Leaving Certificate Examination (including Day School Certificate (Higher) General paper), 1939
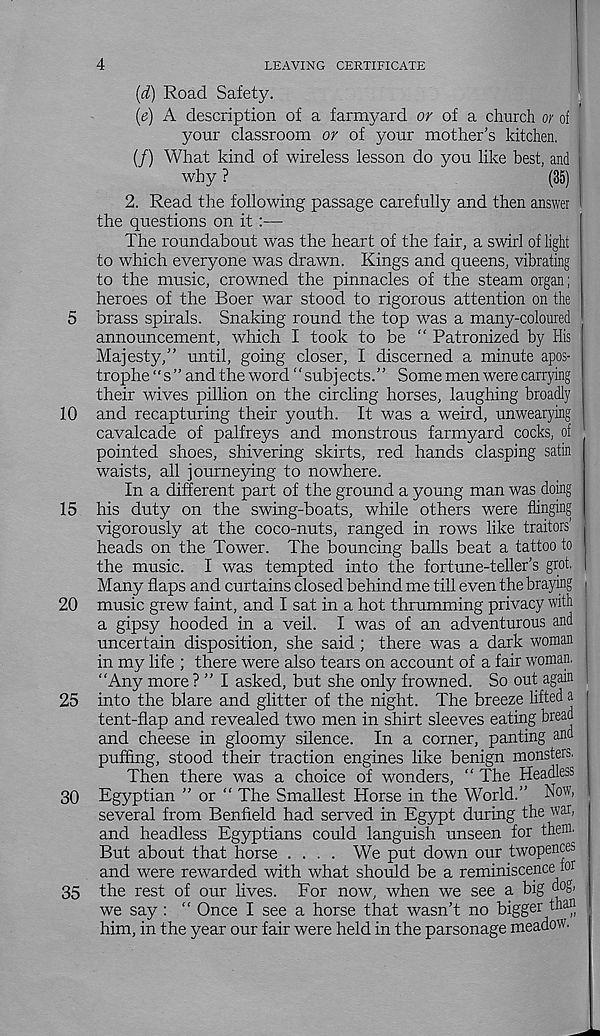
4
LEAVING CERTIFICATE
(d) Road Safety.
(t;) A description of a farmyard or of a church or of
your classroom or of your mother’s kitchen.
(f) What kind of wireless lesson do you like best, and
why ?
(35)
2. Read the following passage carefully and then answer
the questions on it:—
The roundabout was the heart of the fair, a swirl of light
to which everyone was drawn. Kings and queens, vibrating
to the music, crowned the pinnacles of the steam organ;
heroes of the Boer war stood to rigorous attention on the
5 brass spirals. Snaking round the top was a many-coloured
announcement, which I took to be “ Patronized by His
Majesty,” until, going closer, I discerned a minute apos-
trophe ‘' s ” and the word ‘ ‘ subj ects.” Some men were carrying
their wives pillion on the circling horses, laughing broadly
10 and recapturing their youth. It was a weird, unwearying
cavalcade of palfreys and monstrous farmyard cocks, of
pointed shoes, shivering skirts, red hands clasping satin
waists, all journeying to nowhere.
In a different part of the ground a young man was doing
15 his duty on the swing-boats, while others were flinging
vigorously at the coco-nuts, ranged in rows like traitors'
heads on the Tower. The bouncing balls beat a tattoo to
the music. I was tempted into the fortune-teller’s grot.
Many flaps and curtains closed behind me till even the braying
20 music grew faint, and I sat in a hot thrumming privacy with
a gipsy hooded in a veil. I was of an adventurous and
uncertain disposition, she said ; there was a dark woman
in my life ; there were also tears on account of a fair woman.
“Any more ? ” I asked, but she only frowned. So out again
25 into the blare and glitter of the night. The breeze lifted a
tent-flap and revealed two men in shirt sleeves eating bread
and cheese in gloomy silence. In a corner, panting and
puffing, stood their traction engines like benign monsters.
Then there was a choice of wonders, “ The Headless
30 Egyptian ” or “ The Smallest Horse in the World.” N°w’
several from Benfield had served in Egypt during the war,
and headless Egyptians could languish unseen for them.
But about that horse .... We put down our twopence^
and were rewarded with what should be a reminiscence for
35 the rest of our lives. For now, when we see a big dog,
we say : “ Once I see a horse that wasn’t no bigger than
him, in the year our fair were held in the parsonage meadow.